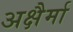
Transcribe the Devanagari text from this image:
अक्षैर्मा